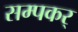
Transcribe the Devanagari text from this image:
सम्पकर्